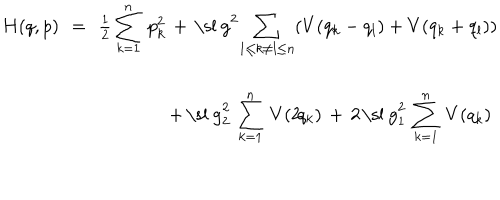
\begin{array} { r c l } { { H ( q , p ) \! \! } } & { { = } } & { { \! \! { \frac { 1 } { 2 } } \, { \displaystyle { \sum _ { k = 1 } ^ { n } \, p _ { k } ^ { 2 } \, + \, \mathrm { \ s l ~ g } ^ { 2 } \! \sum _ { 1 \leq k \neq l \leq n } \! \left( V ( q _ { k } - q _ { l } ) + V ( q _ { k } + q _ { l } ) \right) } } } } \\ { { } } & { { } } & { { \! \! \phantom { { \frac { 1 } { 2 } } \, { \displaystyle { \sum _ { k = 1 } ^ { n } \, p _ { k } ^ { 2 } \, } } } { \displaystyle { \mathrm { } + \, \mathrm { \ s l ~ g } _ { 2 } ^ { 2 } \, \sum _ { k = 1 } ^ { n } \, V ( 2 \! q _ { k } ) \, + \, 2 \; \! \mathrm { \ s l ~ g } _ { 1 } ^ { 2 } \, \sum _ { k = 1 } ^ { n } \, V ( q _ { k } ) } } } } \\ \end{array} \quad